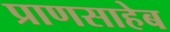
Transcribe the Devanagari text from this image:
प्राणसाहेब